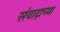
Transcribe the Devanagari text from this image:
संवादाच्या